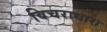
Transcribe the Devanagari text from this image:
विचराधारा